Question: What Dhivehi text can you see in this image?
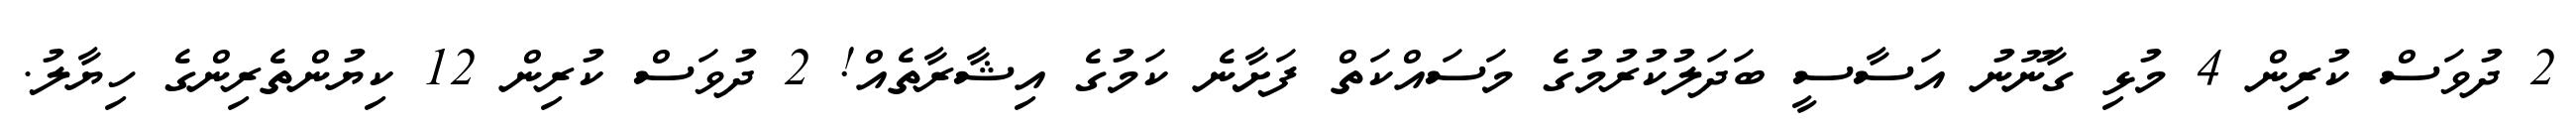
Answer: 2 ދުވަސް ކުރިން 4 މުޅި ގާނޫނު އަސާސީ ބަދަލުކުރުމުގެ މަސައްކަތް ފަށާނެ ކަމުގެ އިޝާރާތެއް! 2 ދުވަސް ކުރިން 12 ކިޔުންތެރިންގެ ހިޔާލު.